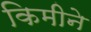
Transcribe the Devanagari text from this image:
किमीने